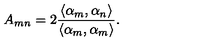
A _ { m n } = 2 \frac { \langle \alpha _ { m } , \alpha _ { n } \rangle } { \langle \alpha _ { m } , \alpha _ { m } \rangle } .